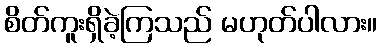
စိတ်ကူးရှိခဲ့ကြသည် မဟုတ်ပါလား။